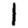
Digit: 1